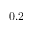
0 . 2